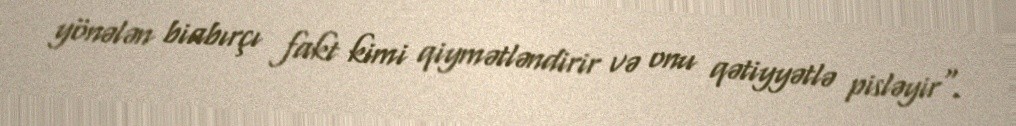
yönələn biabırçı fakt kimi qiymətləndirir və onu qətiyyətlə pisləyir".